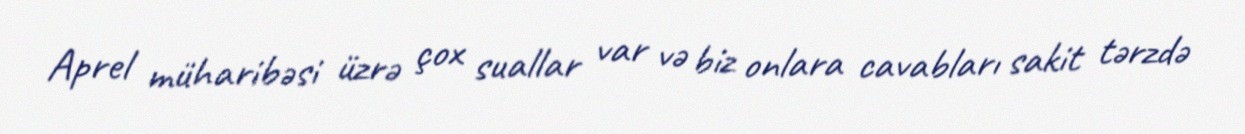
Aprel müharibəsi üzrə çox suallar var və biz onlara cavabları sakit tərzdə